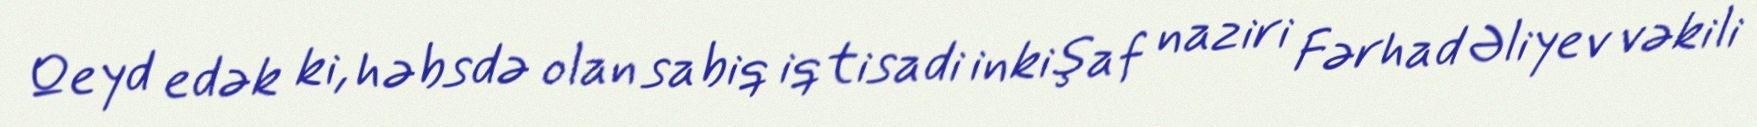
Qeyd edək ki, həbsdə olan sabiq iqtisadi inkişaf naziri Fərhad Əliyev vəkili